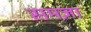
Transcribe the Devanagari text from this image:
समज्ञा